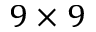
9 \times 9